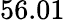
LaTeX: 56.01